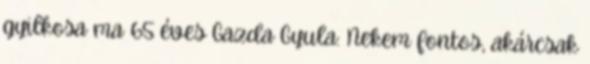
gyilkosa ma 65 éves Gazda Gyula: Nekem fontos, akárcsak